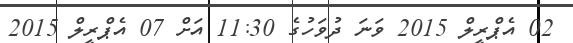
02 އެޕްރީލް 2015 ވަނަ ދުވަހުގެ 11:30 އަށް 07 އެޕްރީލް 2015